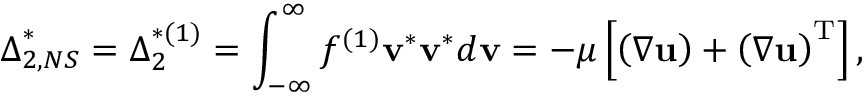
{ \boldsymbol { \Delta } } _ { 2 , N S } ^ { * } = { \boldsymbol { \Delta } } _ { 2 } ^ { * ( 1 ) } = \int _ { - \infty } ^ { \infty } { { f ^ { ( 1 ) } } { { \bf { v } } ^ { * } } { { \bf { v } } ^ { * } } d { \bf { v } } } = - \mu \left[ { \left( { \nabla { \bf { u } } } \right) + { { \left( { \nabla { \bf { u } } } \right) } ^ { \mathrm { { T } } } } } \right] ,